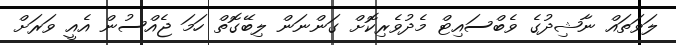
ލަވަތައް ނާޝިދުގެ ވެބްސައިޓް މެދުވެރިކޮށް ގަންނަން ލިބޭގޮތް ހަމަ ޖެއްސުން އެއީ ވަރަށް